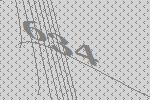
634